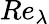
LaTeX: \textit{Re}_{\lambda}